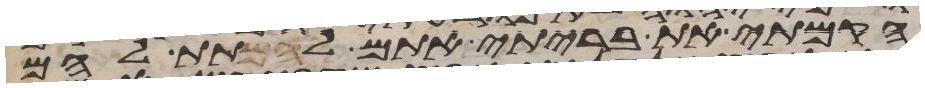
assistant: הקמתי את בריתי אתם לתת להם